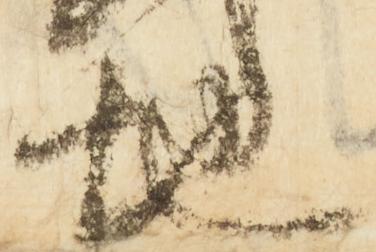
地